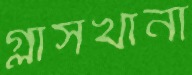
গ্লাসখানা